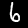
Digit: 6